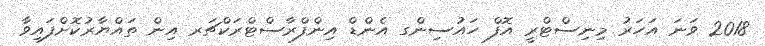
2018 ވަނަ އަހަރު މިނިސްޓްރީ އޮފް ހައުސިންގ އެންޑް އިންފްރާސްޓްރަކްޗަރ އިން ތައްޔާރުކޮށްފައިވާ